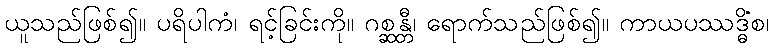
ယူသည်ဖြစ်၍။ ပရိပါကံ၊ ရင့်ခြင်းကို။ ဂစ္ဆန္တီ၊ ရောက်သည်ဖြစ်၍။ ကာယပဿဒ္ဓိံစ၊